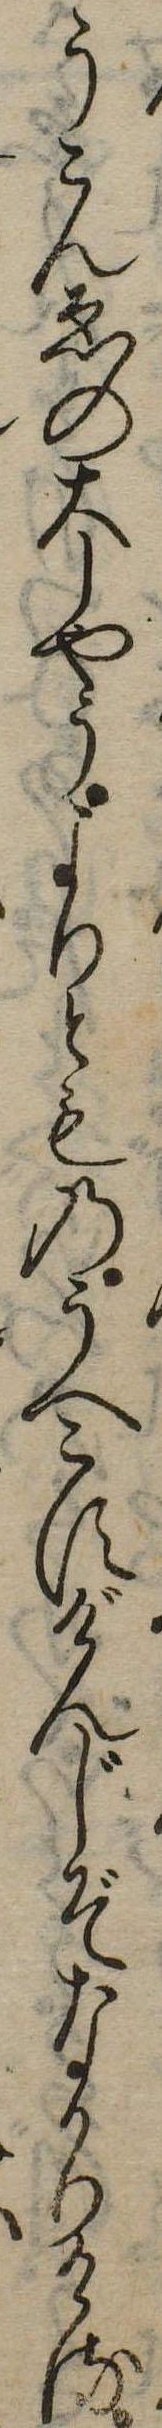
うこんゑの大しやうよりとものうへこすげんじぞなかりける